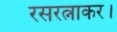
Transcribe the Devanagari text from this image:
रसरत्नाकर।